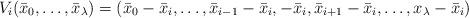
LaTeX: \begin{align*}V_i(\bar{x}_0,\ldots,\bar{x}_\lambda)=(\bar{x}_0-\bar{x}_i,\ldots,\bar{x}_{i-1}-\bar{x}_i,-\bar{x}_i,\bar{x}_{i+1}-\bar{x}_i,\ldots,x_\lambda-\bar{x}_i)\end{align*}